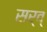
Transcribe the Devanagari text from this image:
सर्व्